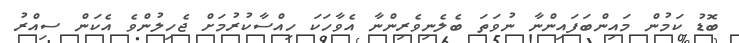
ބޮޑު ކަމުން މައިންބަފައިންނާ ނުވަތަ ބެލެނިވެރިންނާ އެވާހަކަ ހިއްސާކުރުމަށް ޖެހިލުންވެ އެކަން ސިއްރު